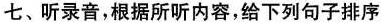
七、听录音,根据所听内容,给下列句子排序